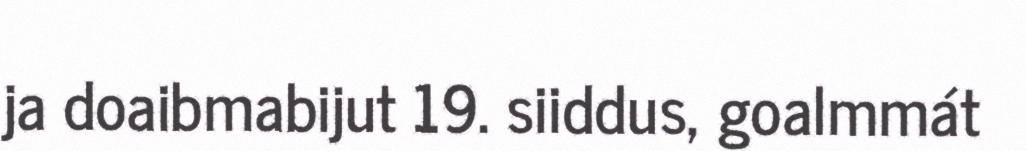
ja doaibmabijut 19. siiddus, goalmmát